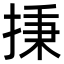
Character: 㨀